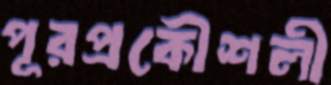
পূরপ্রকৌশলী